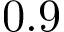
0 . 9